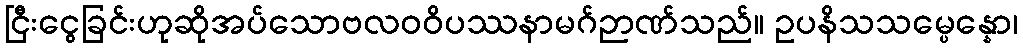
ငြီးငွေခြင်းဟုဆိုအပ်သောဗလဝဝိပဿနာမဂ်ဉာဏ်သည်။ ဥပနိသသမ္ပေန္နော၊